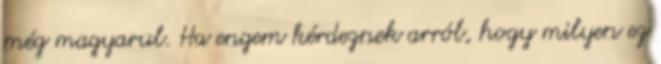
még magyarul. Ha engem kérdeznek arról, hogy milyen ez